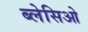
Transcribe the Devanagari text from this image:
ब्लेसिओ